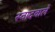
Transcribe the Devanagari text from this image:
स्वादवाले